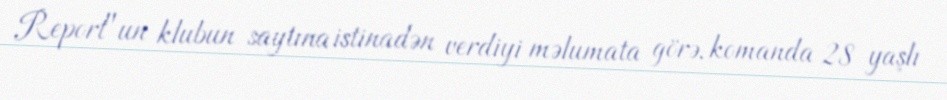
Report"un klubun saytına istinadən verdiyi məlumata görə, komanda 28 yaşlı